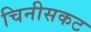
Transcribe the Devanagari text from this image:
चिनीसकट